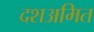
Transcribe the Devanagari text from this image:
दशअमित